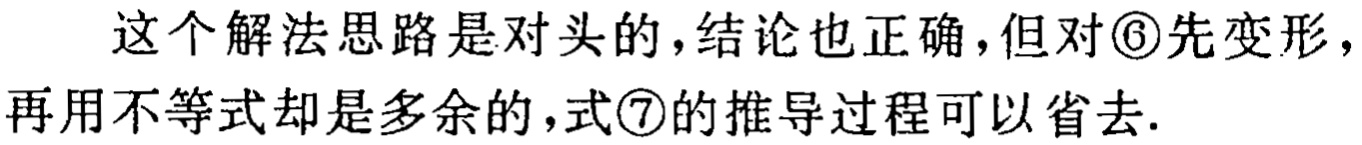
这个解法思路是对头的，结论也正确，但对\textcircled{6}先变形，再用不等式却是多余的，式\textcircled{7}的推导过程可以省去.